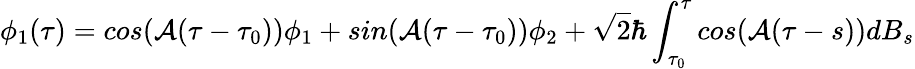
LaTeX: \phi_{1}(\tau)=cos({\cal A}(\tau-\tau_{0}))\phi_{1}+sin({\cal A}(\tau-\tau_{0}))\phi_{2}+\sqrt{2}\hbar\int_{\tau_{0}}^{\tau}cos({\cal A}(\tau-s))dB_{s}